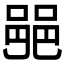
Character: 𨛜